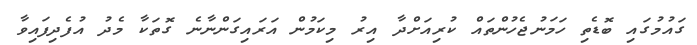
ގައުމުގައި ބޮޑެތި ހަމަނުޖެހުންތައް ކުރިއަށްދާ އިރު މިކަމުން އަރައިގަންނާނެ ގޮތަކާ މެދު އުފެދިފައިވާ